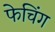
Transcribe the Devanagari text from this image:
फेचिंग